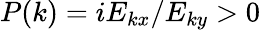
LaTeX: P(k)=iE_{kx}/E_{ky}>0